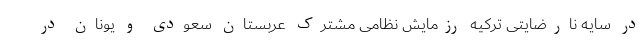
در سایه نارضایتی ترکیه رزمایش نظامی مشترک عربستان سعودی و یونان در